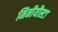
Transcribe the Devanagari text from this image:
मिनीयौस्टा